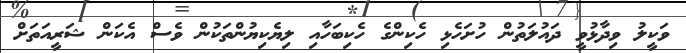
ވަކީލު ވިދާޅުވީ ދައުލަތުން ހުށަހެޅި ހެކިންގެ ހެކިބަހާއި ލިޔެކިޔުންތަކުން ވެސް އެކަން ޝަރީއަތަށް